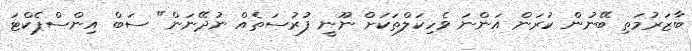
ބާޒަރުމަތި ބޭނުން ކުރަން އަންނަ ވެހިކަލްތަކަށް ނޫނީ ފުރުސަތެއް ނުދޭނަން" ސަބް އިންސްޕެކްޓަ